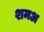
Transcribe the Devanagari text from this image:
शमअ